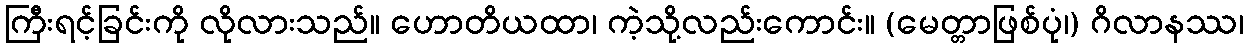
ကြီးရင့်ခြင်းကို လိုလားသည်။ ဟောတိယထာ၊ ကဲ့သို့လည်းကောင်း။ (မေတ္တာဖြစ်ပုံ၊) ဂိလာနဿ၊